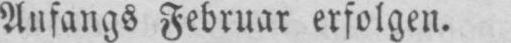
Anfangs Februar erfolgen.